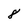
Character: 8